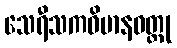
သေရီသကဝိမာနဝတ္ထု